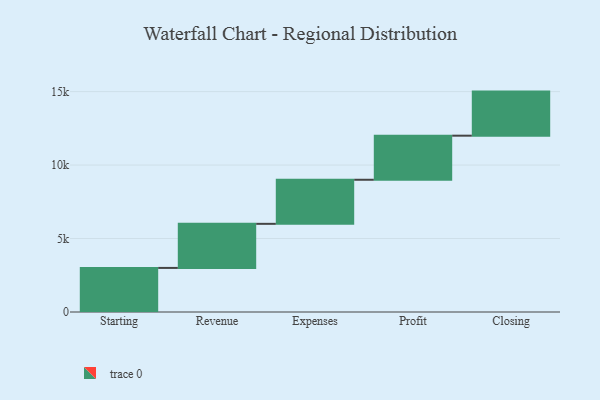
{"axis": {"x": "Step", "y": "Value"}, "legend": [""], "data": [{"x": "Starting", "y": 3000, "type": ""}, {"x": "Revenue", "y": 3000, "type": ""}, {"x": "Expenses", "y": 3000, "type": ""}, {"x": "Profit", "y": 3000, "type": ""}, {"x": "Closing", "y": 3000, "type": ""}]}